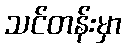
သင်တန်းမှာ